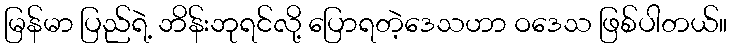
မြန်မာ ပြည်ရဲ့ ဘိန်းဘုရင်လို့ ပြောရတဲ့ဒေသဟာ ဝဒေသ ဖြစ်ပါတယ်။